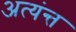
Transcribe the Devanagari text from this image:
अत्यंन्त